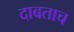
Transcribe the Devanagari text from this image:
दाबताच